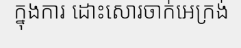
ក្នុងការ ដោះសោរចាក់អេក្រង់